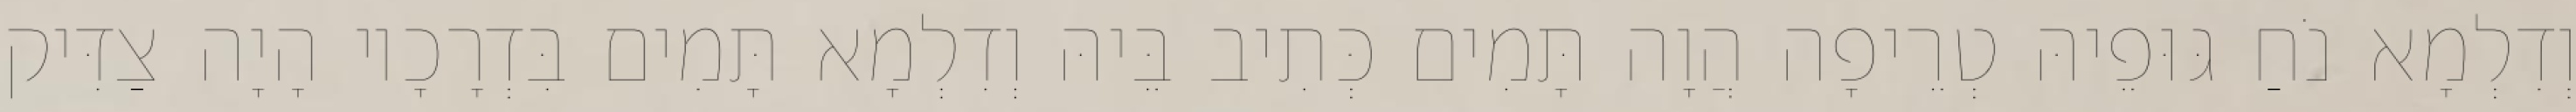
וְדִלְמָא נֹחַ גּוּפֵיהּ טְרֵיפָה הֲוָה תָּמִים כְּתִיב בֵּיהּ וְדִלְמָא תָּמִים בִּדְרָכָיו הָיָה צַדִּיק